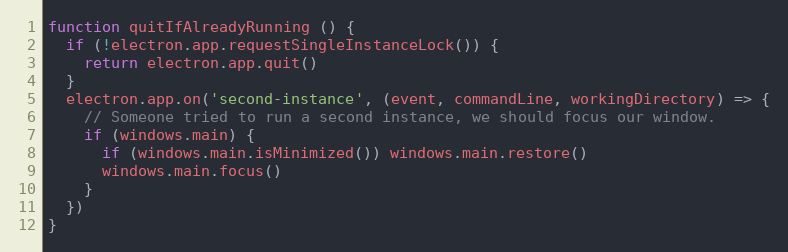
Language: JavaScript
function quitIfAlreadyRunning () {
  if (!electron.app.requestSingleInstanceLock()) {
    return electron.app.quit()
  }
  electron.app.on('second-instance', (event, commandLine, workingDirectory) => {
    // Someone tried to run a second instance, we should focus our window.
    if (windows.main) {
      if (windows.main.isMinimized()) windows.main.restore()
      windows.main.focus()
    }
  })
}